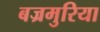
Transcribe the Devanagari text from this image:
बज्रमुरिया